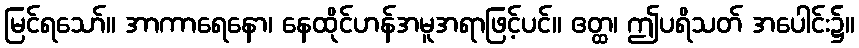
မြင်ရသော်။ အာကာရေနော၊ နေထိုင်ဟန်အမူအရာဖြင့်ပင်။ ဧတ္ထ၊ ဤပရိသတ် အပေါင်း၌။